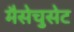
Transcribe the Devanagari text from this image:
मैसेचुसेट